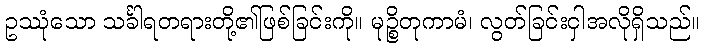
ဥဿုံသော သင်္ခါရတရားတို့၏ဖြစ်ခြင်းကို။ မုဉ္စိတုကာမံ၊ လွတ်ခြင်းငှါအလိုရှိသည်။